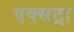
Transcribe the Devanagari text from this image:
एक्‍सट्रा